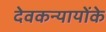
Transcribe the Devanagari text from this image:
देवकन्यायोंके